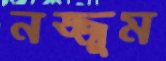
নজ্জুম